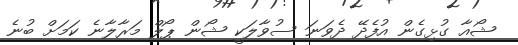
ޝޯއާ ގުޅިގެން އުފެދޭ ދެވަނަ ސުވާލަކީ ޝޯން ޕޯލް މަރާލާނެ ކަމަށް ބުނެ